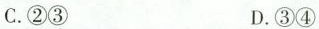
C.②③ D.③④